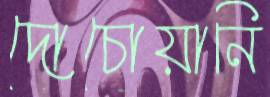
দোচোয়ানি